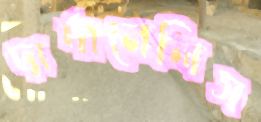
দার্দানেলিস